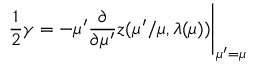
\frac { 1 } { 2 } \gamma = - \mu ^ { \prime } \frac { \partial } { \partial \mu ^ { \prime } } z ( \mu ^ { \prime } / \mu , \lambda ( \mu ) ) \Bigg | _ { \mu ^ { \prime } = \mu }